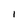
Character: 1